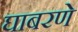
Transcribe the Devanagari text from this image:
घाबरणे